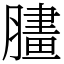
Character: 䐸